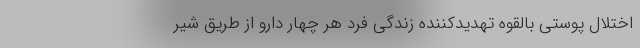
اختلال پوستی بالقوه تهدیدکننده زندگی فرد هر چهار دارو از طریق شیر